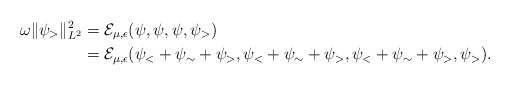
\begin{align*}\omega \|\psi_{>}\|_{L^2}^2&=\mathcal E_{\mu, \epsilon}(\psi, \psi, \psi, \psi_>)\\&=\mathcal E_{\mu, \epsilon}(\psi_<+\psi_\sim+\psi_>,\psi_<+\psi_\sim+\psi_>, \psi_<+\psi_\sim+\psi_>, \psi_>).\end{align*}